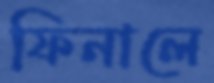
ফিনালে